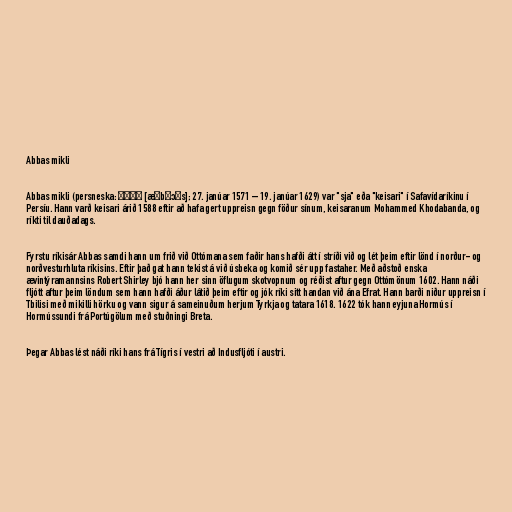
Abbas mikli

Abbas mikli (persneska: عباس‎ [æˈbːɔːs]; 27. janúar 1571 – 19. janúar 1629) var "sja" eða "keisari" í Safavídaríkinu í
Persíu. Hann varð keisari árið 1588 eftir að hafa gert uppreisn gegn föður sínum, keisaranum Mohammed Khodabanda, og
ríkti til dauðadags.

Fyrstu ríkisár Abbas samdi hann um frið við Ottómana sem faðir hans hafði átt í stríði við og lét þeim eftir lönd í norður- og
norðvesturhluta ríkisins. Eftir það gat hann tekist á við úsbeka og komið sér upp fastaher. Með aðstoð enska
ævintýramannsins Robert Shirley bjó hann her sinn öflugum skotvopnum og réðist aftur gegn Ottómönum 1602. Hann náði
fljótt aftur þeim löndum sem hann hafði áður látið þeim eftir og jók ríki sitt handan við ána Efrat. Hann barði niður uppreisn í
Tbilisi með mikilli hörku og vann sigur á sameinuðum herjum Tyrkja og tatara 1618. 1622 tók hann eyjuna Hormús í
Hormússundi frá Portúgölum með stuðningi Breta.

Þegar Abbas lést náði ríki hans frá Tígris í vestri að Indusfljóti í austri.